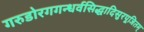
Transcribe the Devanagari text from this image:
गरुडोरगगन्धर्वसिद्धादिसुरपूजितम्